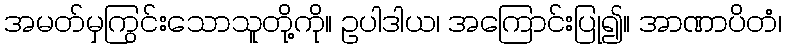
အမတ်မှကြွင်းသောသူတို့ကို။ ဥပါဒါယ၊ အကြောင်းပြု၍။ အာဏာပိတံ၊